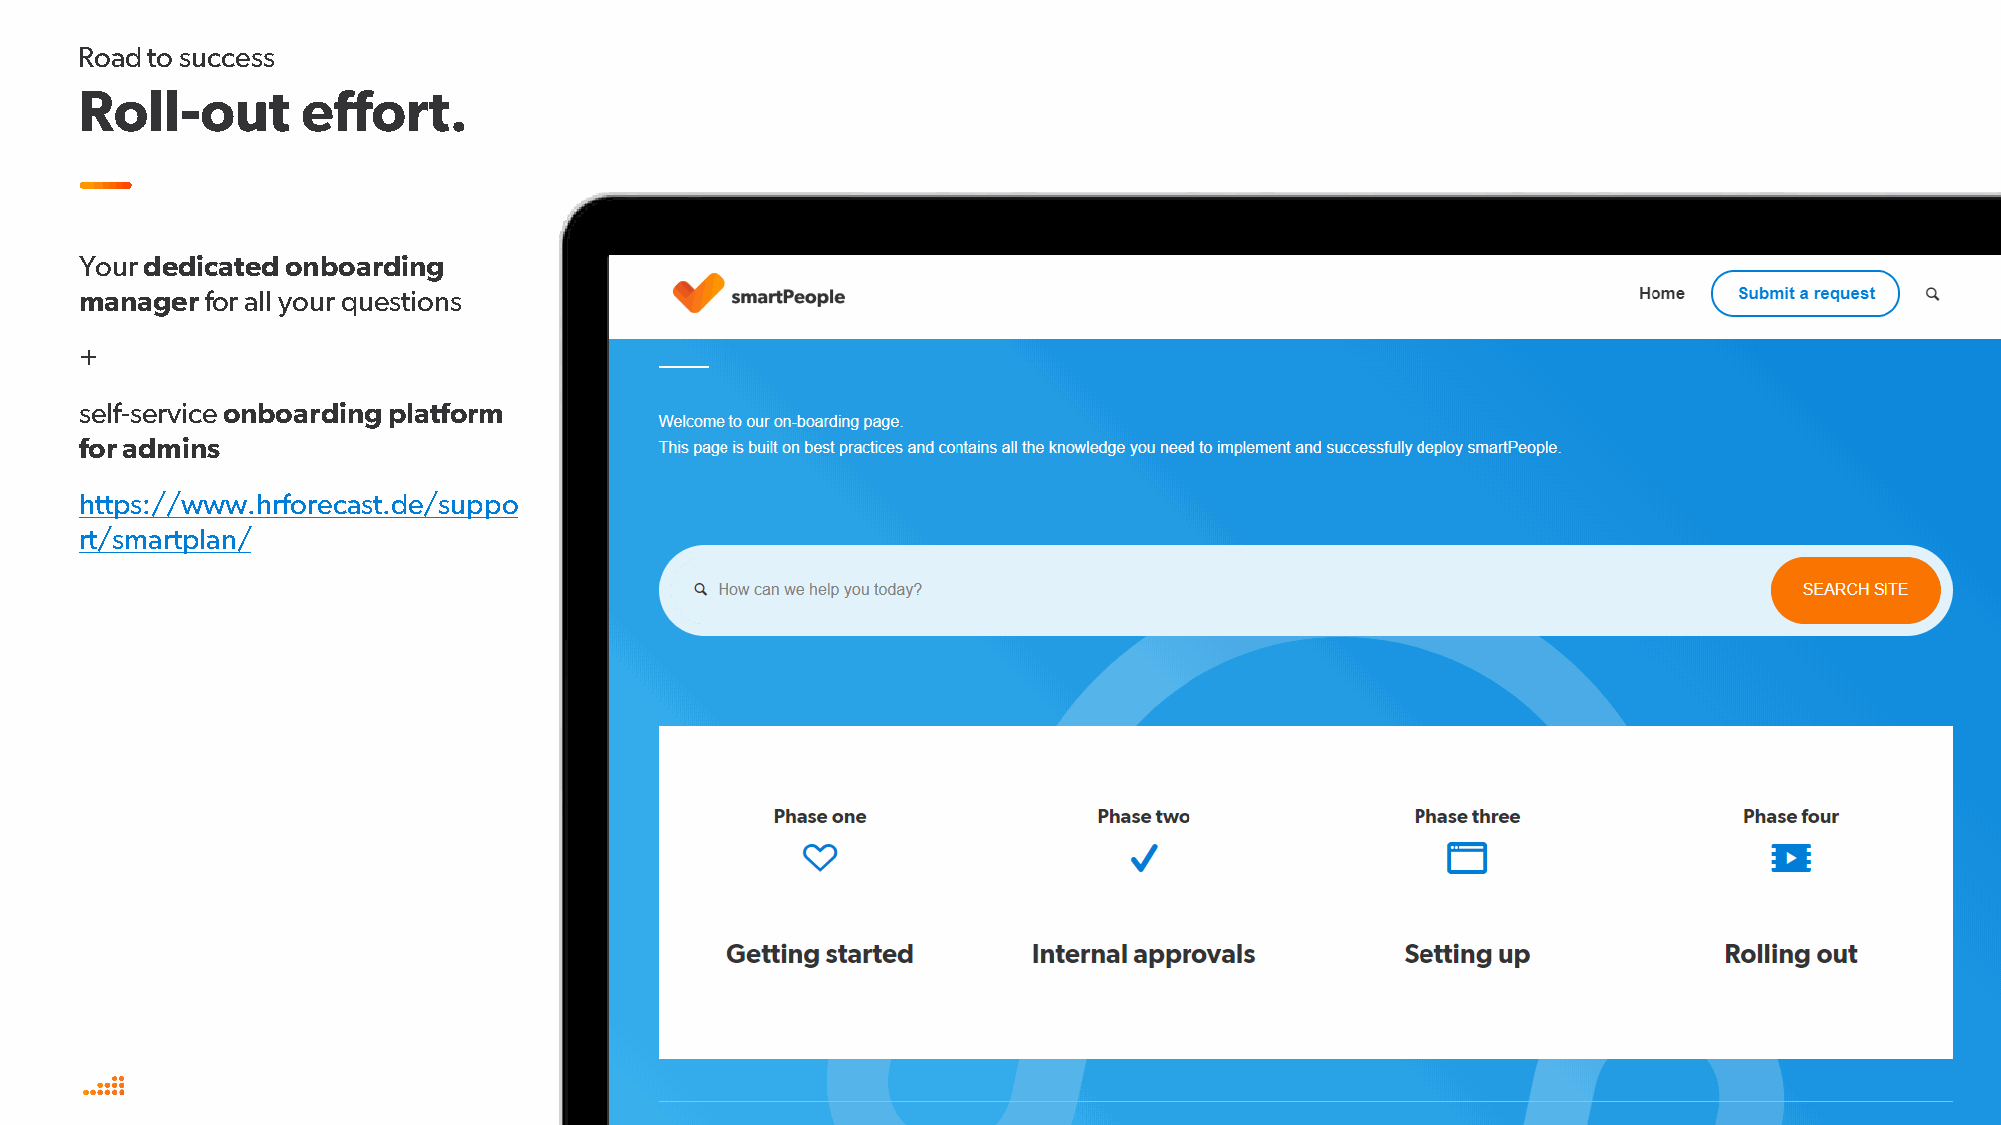
Road to success
 Roll-out       effort.
 Your dedicated onboarding
 manager  for all your questions
 +
 self-service onboarding platform
 for admins
 https://www.hrforecast.de/suppo
 rt/smartplan/
 / 20